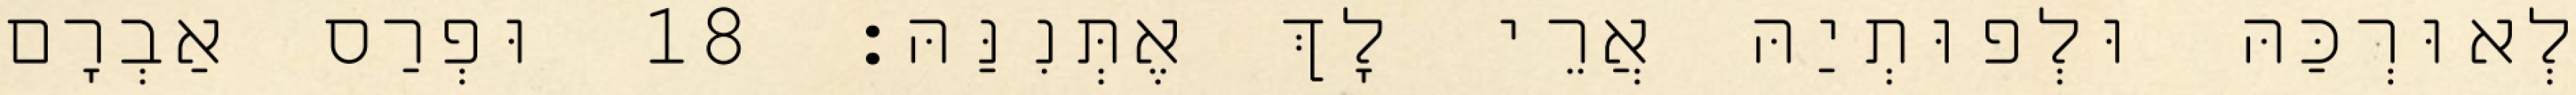
לְאוּרְכַּהּ וּלְפוּתְיַהּ אֲרֵי לָךְ אֶתְּנִנַּהּ׃ 18 וּפְרַס אַבְרָם